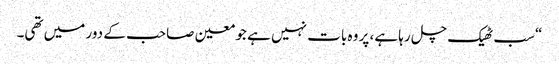
“سب ٹھیک چل رہا ہے، پر وہ بات نہیں ہے جو معین صاحب کے دور میں تھی۔